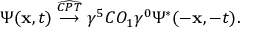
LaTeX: \Psi ( { \bf x } , t ) \stackrel { \widehat { \cal C P T } } \longrightarrow \gamma ^ { 5 } C O _ { 1 } \gamma ^ { 0 } \Psi ^ { * } ( - { \bf x } , - t ) .